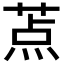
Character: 𬝐